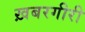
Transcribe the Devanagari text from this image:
ख़बरगीरी